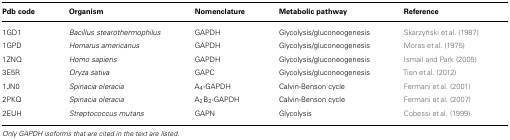
| Pdb code | Organism | Nomenclature | Metabolic pathway | Reference |
 | --- | --- | --- | --- | --- |
 | 1GD1 | Bacillus stearothermophilus | GAPDH | Glycolysis/gluconeogenesis | Skarzyñski et al. (1987) |
 | 1GPD | Homarus americanus | GAPDH | Glycolysis/gluconeogenesis | Moras et al. (1975) |
 | 1ZNQ | Homo sapiens | GAPDH | Glycolysis/gluconeogenesis | Ismail and Park (2005) |
 | 3E5R | Oryza sativa | GAPC | Glycolysis/gluconeogenesis | Tien et al. (2012) |
 | 1JN0 | Spinacia oleracia | A4-GAPDH | Calvin-Benson cycle | Fermani et al. (2001) |
 | 2PKQ | Spinacia oleracia | A2B2-GAPDH | Calvin-Benson cycle | Fermani et al. (2007) |
 | 2EUH | Streptococcus mutans | GAPN | Glycolysis | Cobessi et al. (1999) |